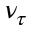
\nu _ { \tau }